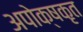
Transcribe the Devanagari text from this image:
अपोक्षकृत